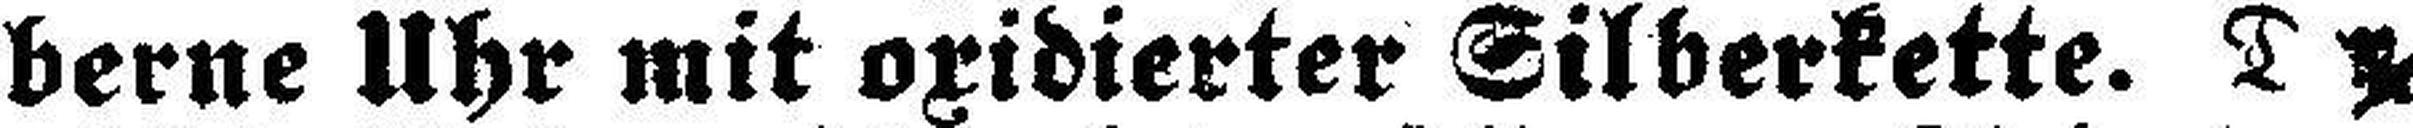
berne Uhr mit oxidierter Silberkette. D ###